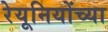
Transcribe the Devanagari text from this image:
रेयूनियोंच्या